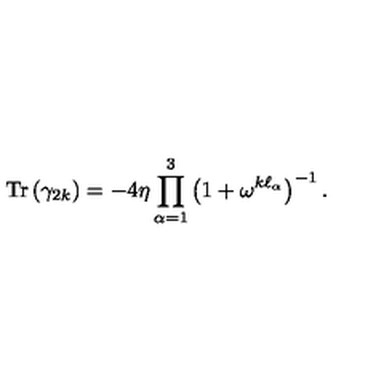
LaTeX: \mathrm { T r } \left( \gamma _ { 2 k } \right) = - 4 \eta \prod _ { \alpha = 1 } ^ { 3 } \left( 1 + \omega ^ { k \ell _ { \alpha } } \right) ^ { - 1 } .